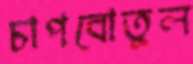
চাপবোতুল